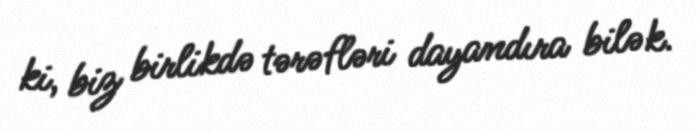
ki, biz birlikdə tərəfləri dayandıra bilək.